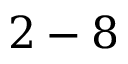
2 - 8